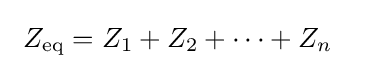
\ Z_{\text{eq}}=Z_{1}+Z_{2}+\cdots +Z_{n}\quad